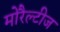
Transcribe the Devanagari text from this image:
मोरैल्टीज